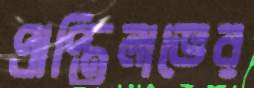
প্রাপ্তিলাভের